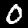
Digit: 0